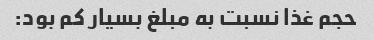
حجم غذا نسبت به مبلغ بسیار کم بود: